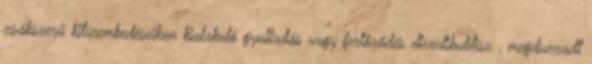
zsákszerű kitüremkedéseiben kialakuló gyulladás vagy fertőződés divertikulitisz , megduzzadt